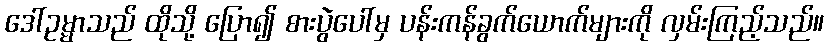
ဒေါ်ဥမ္မာသည် ထိုသို့ ပြော၍ စားပွဲပေါ်မှ ပန်းကန်ခွက်ယောက်များကို လှမ်းကြည့်သည်။